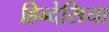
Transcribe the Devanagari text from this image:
हिन्देसिया